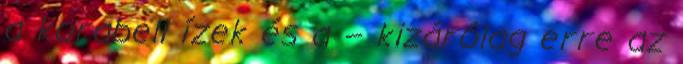
a korabeli ízek és a – kizárólag erre az